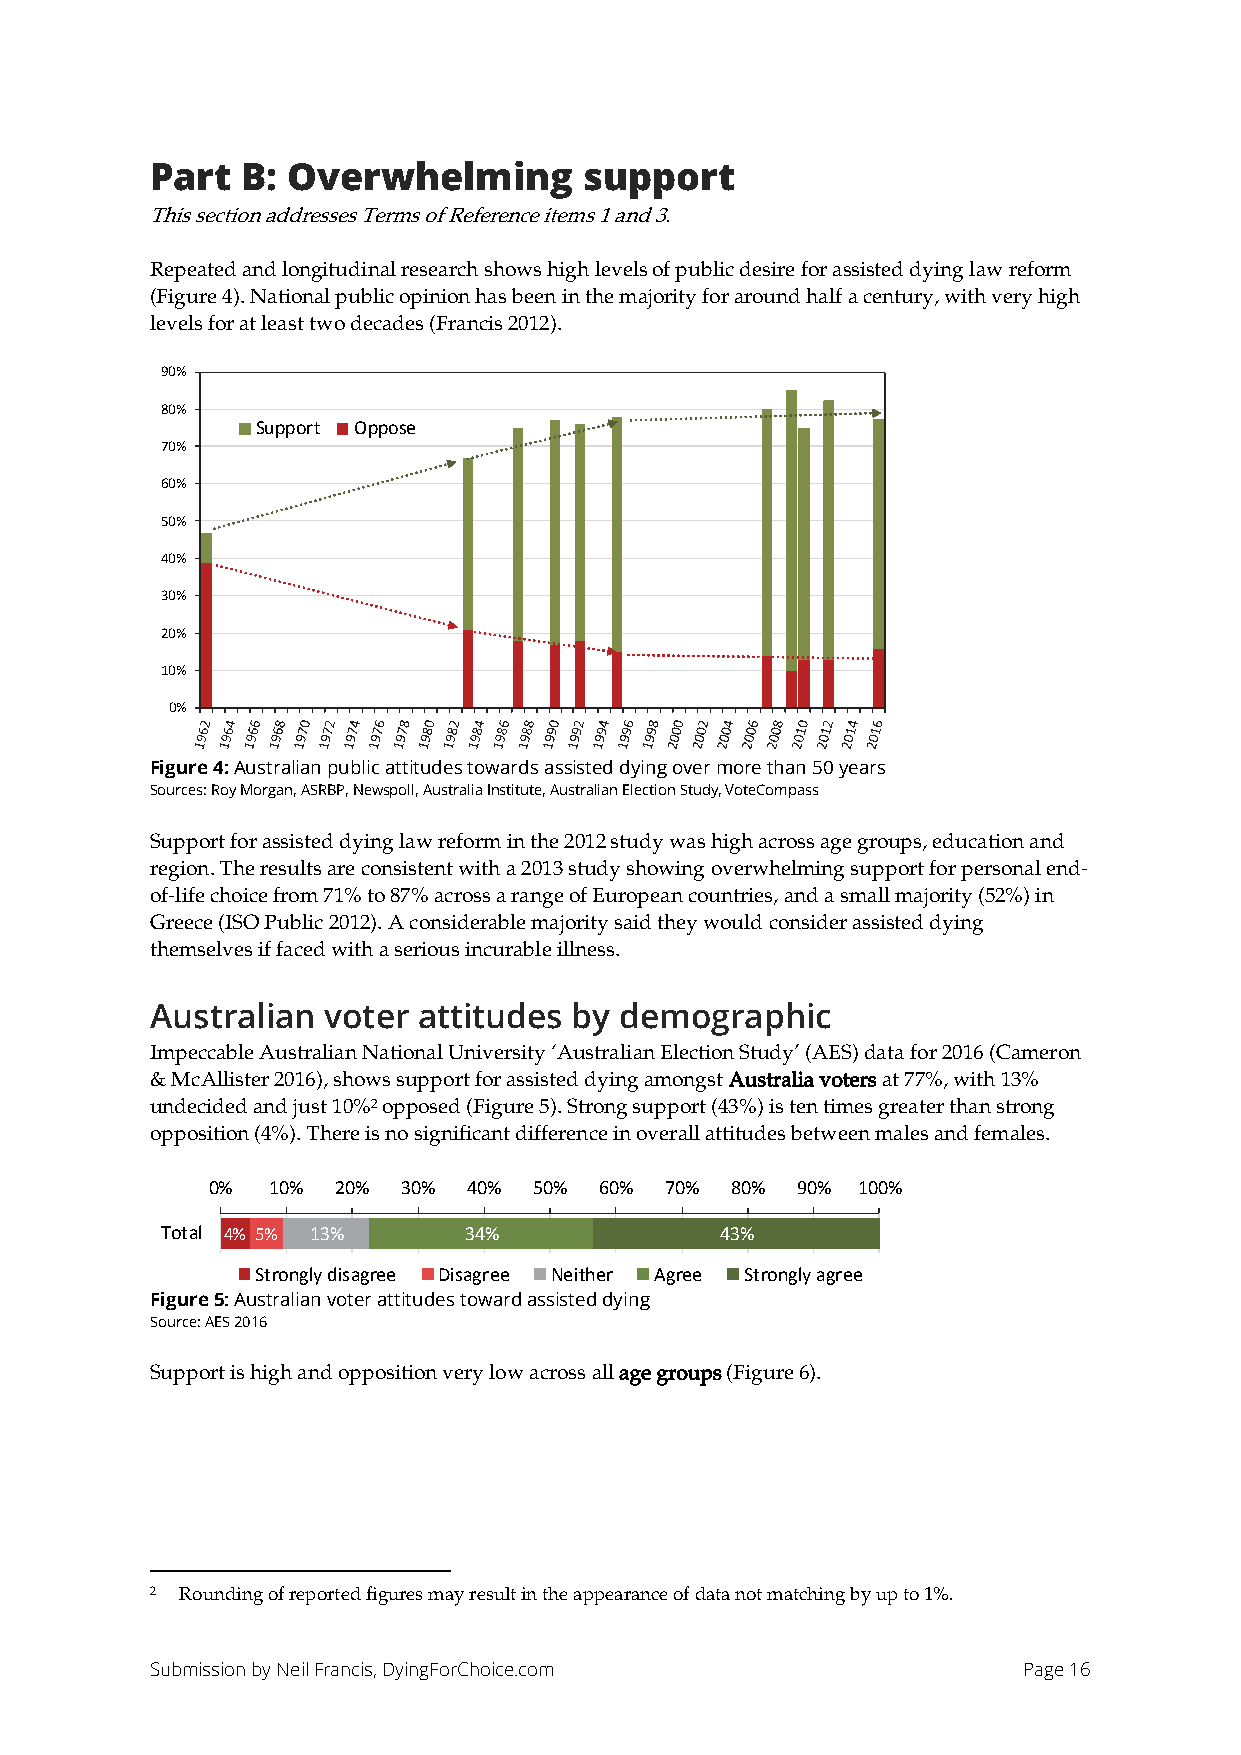
Part  B: Overwhelming        support
 This section addresses Terms of Reference items 1 and 3.
 Repeated and longitudinal research shows high levels of public desire for assisted dying law reform
 (Figure 4). National public opinion has been in the majority for around half a century, with very high
 levels for at least two decades (Francis 2012).
 90%
 80%
 Support Oppose
 70%
 60%
 50%
 40%
 30%
 20%
 10%
 0%
 Figure 4: Australian public attitudes towards assisted dying over more than 50 years
 Sources: Roy Morgan, ASRBP, Newspoll, Australia Institute, Australian Election Study, VoteCompass
 Support for assisted dying law reform in the 2012 study was high across age groups, education and
 region. The results are consistent with a 2013 study showing overwhelming support for personal end-
 of-life choice from 71% to 87% across a range of European countries, and a small majority (52%) in
 Greece (ISO Public 2012). A considerable majority said they would consider assisted dying
 themselves if faced with a serious incurable illness.
 Australian voter  attitudes by demographic
 Impeccable Australian National University ‘Australian Election Study’ (AES) data for 2016 (Cameron
 & McAllister 2016), shows support for assisted dying amongst Australia voters at 77%, with 13%
 undecided and just 10%2 opposed (Figure 5). Strong support (43%) is ten times greater than strong
 opposition (4%). There is no significant difference in overall attitudes between males and females.
 0%  10% 20%  30% 40% 50%  60% 70% 80%  90% 100%
 Total 4% 5% 13%     34%              43%
 Strongly disagree Disagree Neither Agree Strongly agree
 Figure 5: Australian voter attitudes toward assisted dying
 Source: AES 2016
 Support is high and opposition very low across all age groups (Figure 6).
 2 Rounding of reported figures may result in the appearance of data not matching by up to 1%.
 Submission by Neil Francis, DyingForChoice.com            Page 16